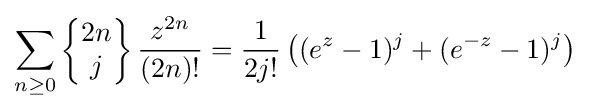
\sum _{n\geq 0}\left\{{\begin{matrix}2n\\j\end{matrix}}\right\}{\frac {z^{2n}}{(2n)!}}={\frac {1}{2j!}}\left((e^{z}-1)^{j}+(e^{-z}-1)^{j}\right)